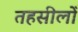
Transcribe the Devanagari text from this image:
तहसीलोँ